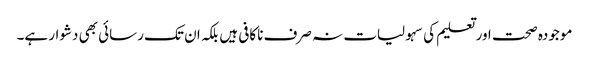
موجودہ صحت اور تعلیم کی سہولیات نہ صرف ناکافی ہیں بلکہ ان تک رسائی بھی دشوار ہے۔